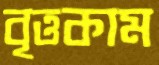
বৃত্তকাম